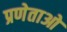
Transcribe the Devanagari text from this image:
प्रणेताओ